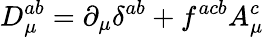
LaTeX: D_{\mu}^{ab}=\partial_{\mu}\delta^{ab}+f^{acb}A_{\mu}^{c}